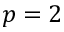
p = 2